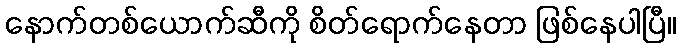
နောက်တစ်ယောက်ဆီကို စိတ်ရောက်နေတာ ဖြစ်နေပါပြီ။